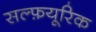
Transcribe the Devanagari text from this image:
सल्फ़यूरिक